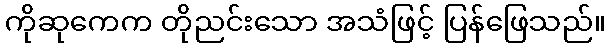
ကိုဆုကေက တိုညင်းသော အသံဖြင့် ပြန်ဖြေသည်။